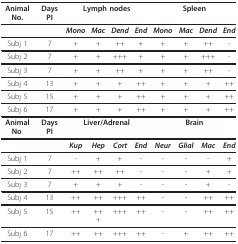
<table><thead><tr><td><b>Animal No.</b></td><td><b>Days PI</b></td><td colspan="4"><b>Lymph nodes</b></td><td colspan="4"><b>Spleen</b></td></tr></thead><tbody><tr><td></td><td></td><td><b><i>Mono</i></b></td><td><b><i>Mac</i></b></td><td><b><i>Dend</i></b></td><td><b><i>End</i></b></td><td><b><i>Mono</i></b></td><td><b><i>Mac</i></b></td><td><b><i>Dend</i></b></td><td><b><i>End</i></b></td></tr><tr><td>Subj 1</td><td>7</td><td>+</td><td>+</td><td>++</td><td>+</td><td>+</td><td>+</td><td>++</td><td>-</td></tr><tr><td>Subj 2</td><td>7</td><td>+</td><td>+</td><td>+++</td><td>+</td><td>+</td><td>+</td><td>+++</td><td>-</td></tr><tr><td>Subj 3</td><td>7</td><td>+</td><td>+</td><td>++</td><td>+</td><td>+</td><td>+</td><td>++</td><td>-</td></tr><tr><td>Subj 4</td><td>13</td><td>+</td><td>+</td><td>+</td><td>++</td><td>+</td><td>+</td><td>+</td><td>++</td></tr><tr><td>Subj 5</td><td>15</td><td>+</td><td>+</td><td>+</td><td>++</td><td>+</td><td>+</td><td>+</td><td>++</td></tr><tr><td>Subj 6</td><td>17</td><td>+</td><td>+</td><td>+</td><td>++</td><td>+</td><td>+</td><td>+</td><td>++</td></tr><tr><td><b>Animal No</b>.</td><td><b>Days PI</b></td><td colspan="4"><b>Liver/Adrenal</b></td><td colspan="4"><b>Brain</b></td></tr><tr><td></td><td></td><td><b><i>Kup</i></b></td><td><b><i>Hep</i></b></td><td><b><i>Cort</i></b></td><td><b><i>End</i></b></td><td><b><i>Neur</i></b></td><td><b><i>Glial</i></b></td><td><b><i>Mac</i></b></td><td><b><i>End</i></b></td></tr><tr><td>Subj 1</td><td>7</td><td>-</td><td>+</td><td>+</td><td>-</td><td>-</td><td>-</td><td>-</td><td>+</td></tr><tr><td>Subj 2</td><td>7</td><td>++</td><td>++</td><td>++</td><td>-</td><td>-</td><td>-</td><td>+</td><td>+</td></tr><tr><td>Subj 3</td><td>7</td><td>+</td><td>+</td><td>+</td><td>-</td><td>-</td><td>-</td><td>+</td><td>-</td></tr><tr><td>Subj 4</td><td>13</td><td>++</td><td>++</td><td>+++</td><td>++</td><td>-</td><td>-</td><td>++</td><td>++</td></tr><tr><td>Subj 5</td><td>15</td><td>++</td><td>+++</td><td>+++</td><td>++</td><td>-</td><td>-</td><td>++</td><td>++</td></tr><tr><td>Subj 6</td><td>17</td><td>++</td><td>++</td><td>+++</td><td>++</td><td>-</td><td>+</td><td>++</td><td>++</td></tr></tbody></table>